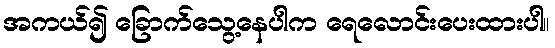
အကယ်၍ ခြောက်သွေ့နေပါက ရေလောင်းပေးထားပါ။